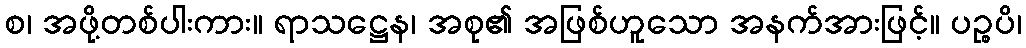
စ၊ အဖို့တစ်ပါးကား။ ရာသဋ္ဌေန၊ အစု၏ အဖြစ်ဟူသော အနက်အားဖြင့်။ ပဉ္စပိ၊